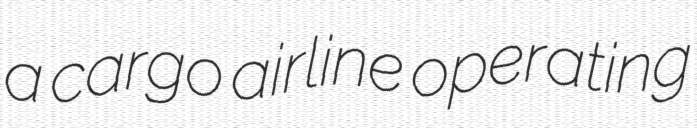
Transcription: a cargo airline operating